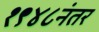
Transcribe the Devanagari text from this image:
१९४८नंतर